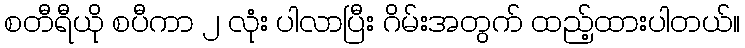
စတီရီယို စပီကာ ၂ လုံး ပါလာပြီး ဂိမ်းအတွက် ထည့်ထားပါတယ်။